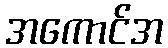
အကောင်အ